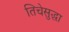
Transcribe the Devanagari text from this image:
तिचेसुद्धा